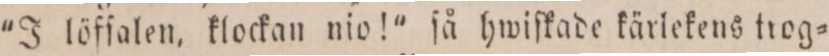
J löfſalen, klockan nio! ſå hwiſkade kärlekens trog=